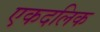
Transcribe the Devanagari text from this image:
एकदलिक